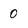
Character: 0